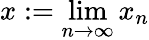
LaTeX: x:=\operatorname*{lim}_{n\to\infty}x_{n}